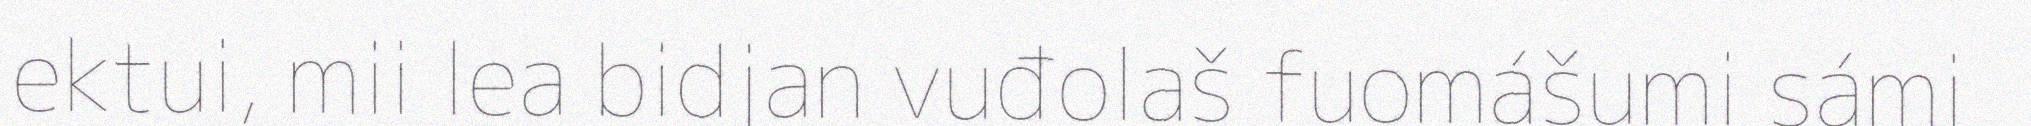
ektui, mii lea bidjan vuđolaš fuomášumi sámi